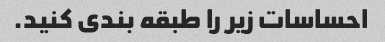
احساسات زیر را طبقه بندی کنید.